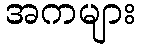
အကများ